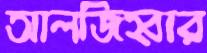
আলজিহ্বার